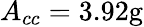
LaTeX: A_{cc}=3.92\mathrm{{g}}